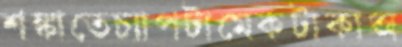
শঙ্কাতেচ্যাপটামেকটাকাঅ